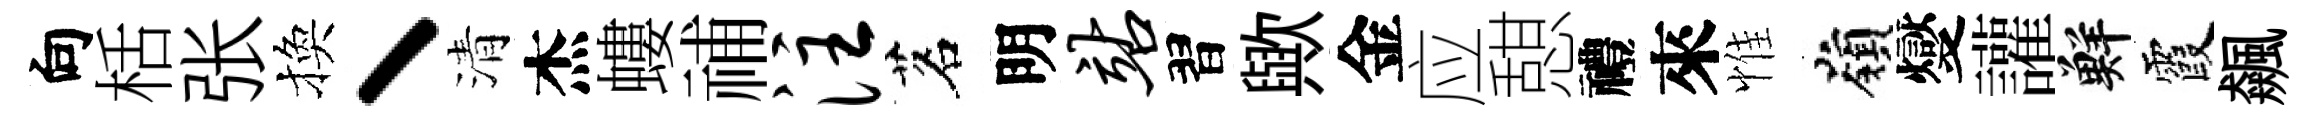
向栝张換丶清杰螻𥙷注茗明站習歟金应憇禮來惟嶺燮讙鮮霞飆